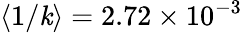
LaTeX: \langle1/\mathit{k}\rangle=2.72\times10^{-3}